Annual report on the lock hospitals of the Madras Presidency
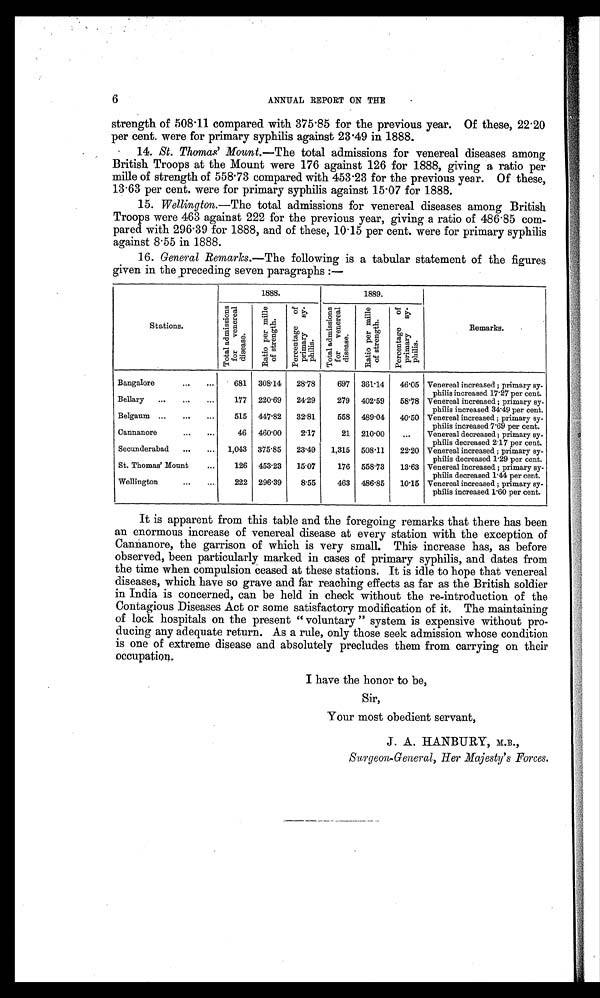
6
ANNUAL REPORT ON THE
strength of 508.11 compared with 375 . 85 for the previous year. Of these, 22.20
per cent. were for primary syphilis against 23.49 in 1888.
14. St. Thomas' Mount.— The total admissions for venereal diseases among
British Troops at the Mount were 176 against 126 for 1888, giving a ratio per
mile of strength of 558.73 compared with 453.23 for the previous year. Of these,
13 . 63 per cent. were for primary syphilis against 15.07 for 1888.
15. Wellington.—The total admissions for venereal diseases among British
Troops were 463 against 222 for the previous year, giving a ratio of 486.85 com-
pared with 296.39 for 1888, and of these, 10.15 per cent. were for primary syphilis
against 8 . 55 in 1888.
16. General Remarks.—The following is a tabular statement of the figures
given in the preceding seven paragraphs :—
Stations.
1888.
1889.
Remarks.
Total admissions
for venereal
disease.
R a t i o p e r m i l e
o f s t r e n g t h .
Percentage of
primary sy-
philis.
Total admissions
for venereal
disease.
R a t i o p e r m i l l e
o f s t r e n g
P e r c e n t a g e o f
p r i m a r y s y -
p h i l i s .
Bangalore
...
...
681 308.14
28.78
697 361.14
46.05 Venereal increased ; primary sy-
philis increased 17.27 per cent.
Bellary ...
...
...
177 220.69
24.29
279 402.59
58.78 Venereal increased ; primary sy-
philis increased 34.49 per cent.
Belgaum ...
...
...
515 447.82
32.81
558 489.04
40.50 Venereal increased ; primary sy-
philis increased 7.69 per cent.
Cannanore
...
...
46 460.00
2.17
21 210.00
...
Venereal decreased ; primary sy-
philis decreased 2.17 per cent.
Secunderabad ...
... 1,043 375.85
23.49
1,315 508.11
22.20 Venereal increased ; primary sy-
philis decreased 1.29 per cent.
St. Thomas' Mount
...
126 453.23
15.07
176 558.73
13.63 Venereal increased ; primary sy-
philis decreased 1.44 per cent.
Wellington
...
...
222 296.39
8.55
463 486.85
10.15 Venereal increased ; primary sy-
philis increased 1.60 per cent.
It is apparent from this table and the foregoing remarks that there has been
an enormous increase of venereal disease at every station with the exception of
Cannanore, the garrison of which is very small. This increase has, as before
observed, been particularly marked in cases of primary syphilis, and dates from
the time when compulsion ceased at these stations. It is idle to hope that venereal
diseases, which have so grave and far reaching effects as far as the British soldier
in India is concerned, can be held in check without the re-introduction of the
Contagious Diseases Act or some satisfactory modification of it The maintaining
of lock hospitals on the present " voluntary " system is expensive without pro-
ducing any adequate return. As a rule, only those seek admission whose condition
is one of extreme disease and absolutely precludes them from carrying on their
occupation.
I have the honor to be,
Sir,
Your most obedient servant,
J. A. HANBURY, M.B.,
Surgeon-General, Her Majesty's Forces.